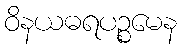
ဝိနယဓရပဉ္စမေန